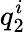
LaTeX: q_{2}^{i}